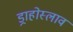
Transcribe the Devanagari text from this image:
ड्राहोस्लाव